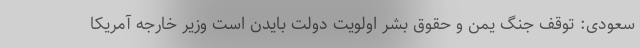
سعودی: توقف جنگ یمن و حقوق بشر اولویت دولت بایدن است وزیر خارجه آمریکا